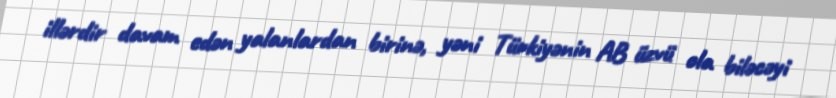
illərdir davam edən yalanlardan birinə, yəni Türkiyənin AB üzvü ola biləcəyi